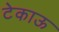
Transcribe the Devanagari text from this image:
टेकाऊ